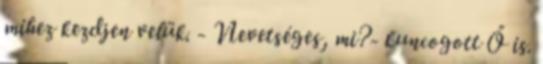
mihez kezdjen velük. - Nevetséges, mi?- kuncogott Ő is.